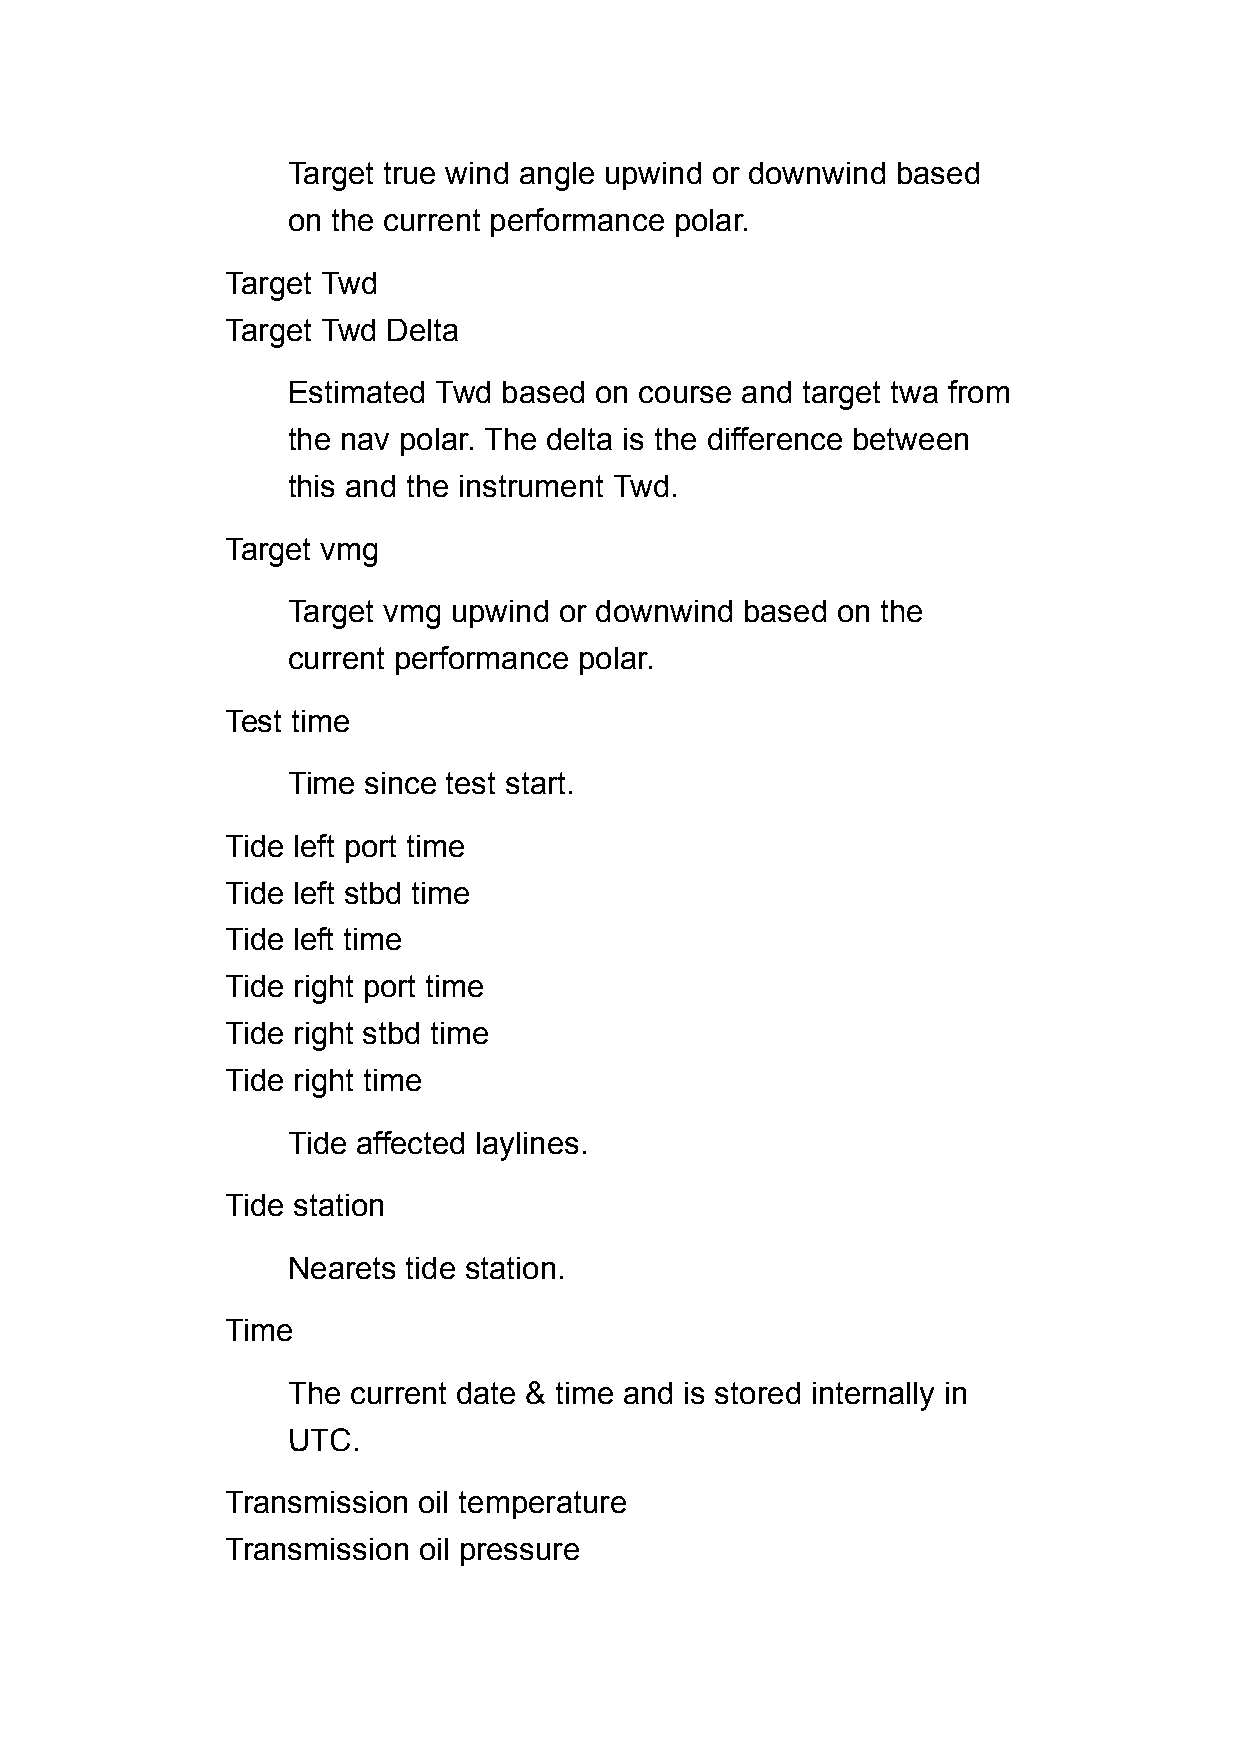
Target true wind angle upwind or downwind based
 on the current performance polar.
 Target Twd
 Target Twd Delta
 Estimated Twd based on course and target twa from
 the nav polar. The delta is the difference between
 this and the instrument Twd.
 Target vmg
 Target vmg upwind or downwind based on the
 current performance polar.
 Test time
 Time since test start.
 Tide left port time
 Tide left stbd time
 Tide left time
 Tide right port time
 Tide right stbd time
 Tide right time
 Tide affected laylines.
 Tide station
 Nearets tide station.
 Time
 The current date & time and is stored internally in
 UTC.
 Transmission oil temperature
 Transmission oil pressure